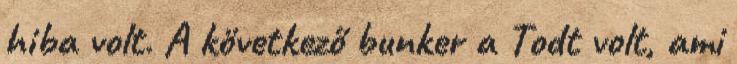
hiba volt. A következő bunker a Todt volt, ami